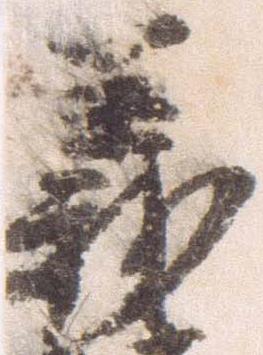
義